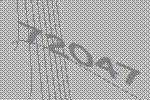
72047